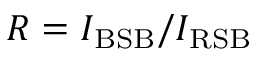
R = I _ { \mathrm { B S B } } / I _ { \mathrm { R S B } }